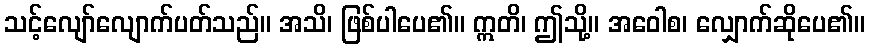
သင့်လျော်လျောက်ပတ်သည်။ အသိ၊ ဖြစ်ပါပေ၏။ ဣတိ၊ ဤသို့။ အဝေါစ၊ လျှောက်ဆိုပေ၏။